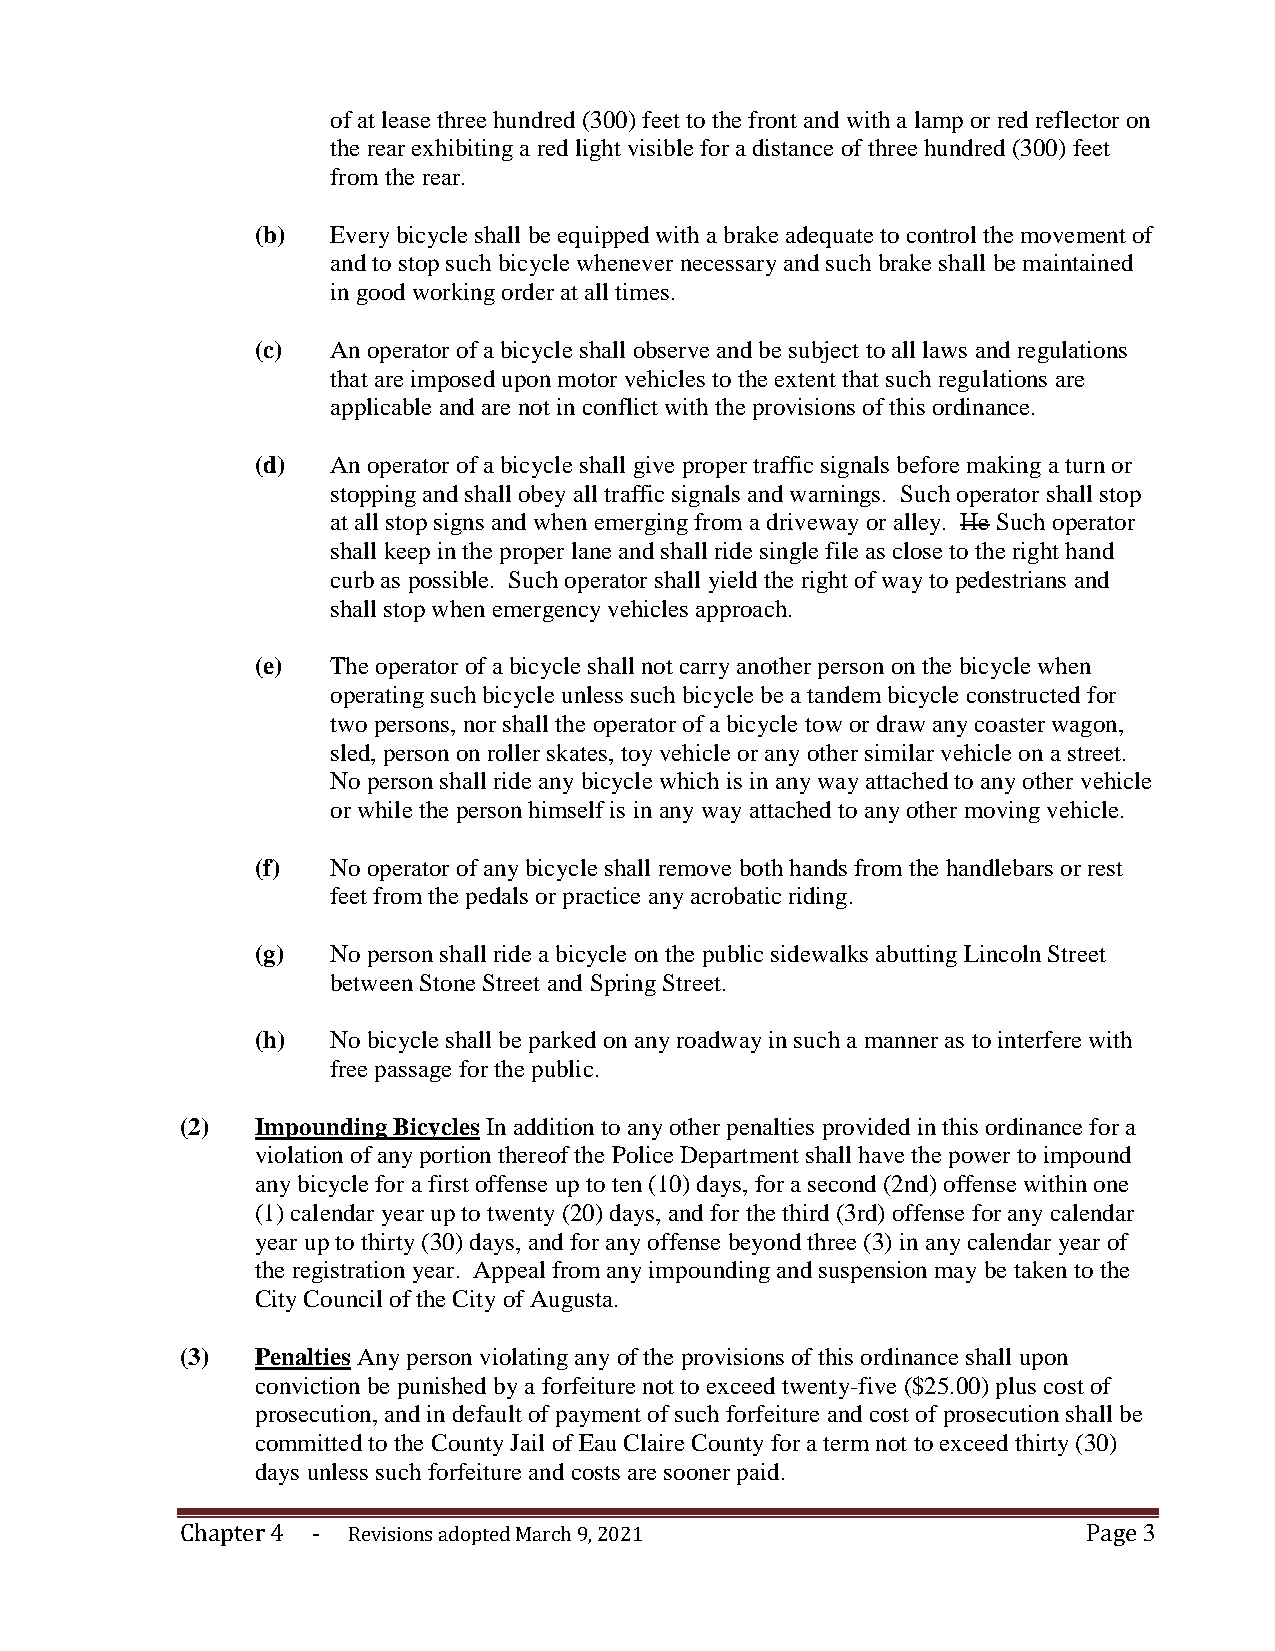
of at lease three hundred (300) feet to the front and with a lamp or red reflector on
 the rear exhibiting a red light visible for a distance of three hundred (300) feet
 from the rear.
 (b)  Every bicycle shall be equipped with a brake adequate to control the movement of
 and to stop such bicycle whenever necessary and such brake shall be maintained
 in good working order at all times.
 (c)  An operator of a bicycle shall observe and be subject to all laws and regulations
 that are imposed upon motor vehicles to the extent that such regulations are
 applicable and are not in conflict with the provisions of this ordinance.
 (d)  An operator of a bicycle shall give proper traffic signals before making a turn or
 stopping and shall obey all traffic signals and warnings. Such operator shall stop
 at all stop signs and when emerging from a driveway or alley. He Such operator
 shall keep in the proper lane and shall ride single file as close to the right hand
 curb as possible. Such operator shall yield the right of way to pedestrians and
 shall stop when emergency vehicles approach.
 (e)  The operator of a bicycle shall not carry another person on the bicycle when
 operating such bicycle unless such bicycle be a tandem bicycle constructed for
 two persons, nor shall the operator of a bicycle tow or draw any coaster wagon,
 sled, person on roller skates, toy vehicle or any other similar vehicle on a street.
 No person shall ride any bicycle which is in any way attached to any other vehicle
 or while the person himself is in any way attached to any other moving vehicle.
 (f)  No operator of any bicycle shall remove both hands from the handlebars or rest
 feet from the pedals or practice any acrobatic riding.
 (g)  No person shall ride a bicycle on the public sidewalks abutting Lincoln Street
 between Stone Street and Spring Street.
 (h)  No bicycle shall be parked on any roadway in such a manner as to interfere with
 free passage for the public.
 (2)  Impounding Bicycles In addition to any other penalties provided in this ordinance for a
 violation of any portion thereof the Police Department shall have the power to impound
 any bicycle for a first offense up to ten (10) days, for a second (2nd) offense within one
 (1) calendar year up to twenty (20) days, and for the third (3rd) offense for any calendar
 year up to thirty (30) days, and for any offense beyond three (3) in any calendar year of
 the registration year. Appeal from any impounding and suspension may be taken to the
 City Council of the City of Augusta.
 (3)  Penalties Any person violating any of the provisions of this ordinance shall upon
 conviction be punished by a forfeiture not to exceed twenty-five ($25.00) plus cost of
 prosecution, and in default of payment of such forfeiture and cost of prosecution shall be
 committed to the County Jail of Eau Claire County for a term not to exceed thirty (30)
 days unless such forfeiture and costs are sooner paid.
 Chapter 4 - Revisions adopted March 9, 2021                 Page 3